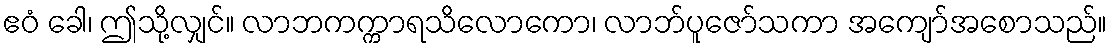
ဧဝံ ခေါ၊ ဤသို့လျှင်။ လာဘကက္ကာရသိလောကော၊ လာဘ်ပူဇော်သကာ အကျော်အစောသည်။